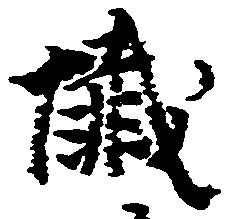
懺